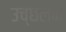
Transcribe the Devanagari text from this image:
उच्छलन